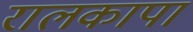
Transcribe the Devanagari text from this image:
रालकापा